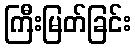
ကြီးမြတ်ခြင်း